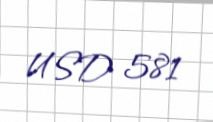
USD 581